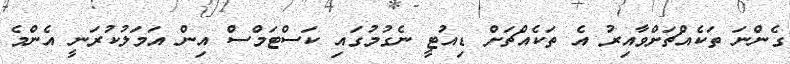
ގެންނަ ތަކެއްޗަށްވާއިރު އެ ތަކެއްޗަށް ޑިއުޓީ ނެގުމުގައި ކަސްޓަމްސް އިން އަމަލުކުރަނީ އެންމެ